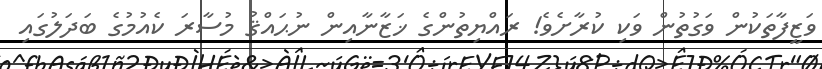
ވަޒީފާތަކުން ވަގުތުން ވަކި ކުރާށެވެ! ރައްޔިތުންގެ ޚަޒާނާއިން ނުޙައްޤު މުސާރަ ކެއުމުގެ ބަދަލުގައި